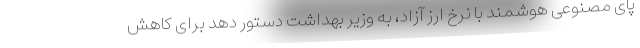
پای مصنوعی هوشمند با نرخ ارز آزاد، به وزیر بهداشت دستور دهد برای کاهش